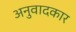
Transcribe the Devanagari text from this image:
अनुवादकार